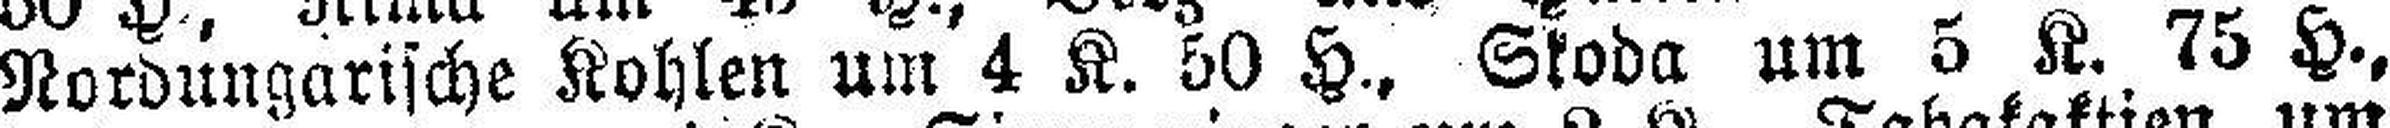
Nordungarische Kohlen um 4 K. 50 H., Skoda um 5 K. 75 H.,